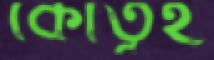
কৌতূহ